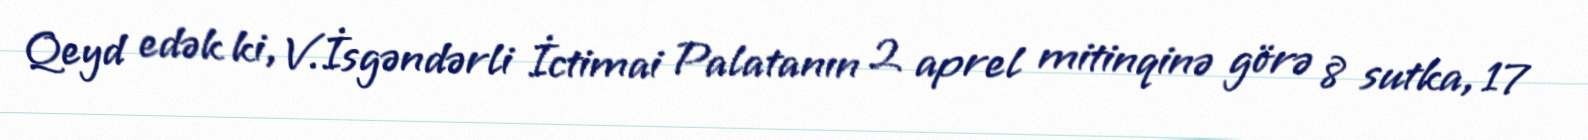
Qeyd edək ki, V.İsgəndərli İctimai Palatanın 2 aprel mitinqinə görə 8 sutka, 17